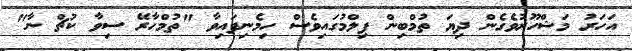
އަހަރު މަޝްހޫރުވެގެން ދިޔަ ތުމްބިން ފިލްމުގައިވެސް ހިމެނިފައިވާ "ތުމްހާރޭ ސިވާ ކުޗް ނާ"